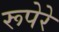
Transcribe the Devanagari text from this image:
रूपेरे